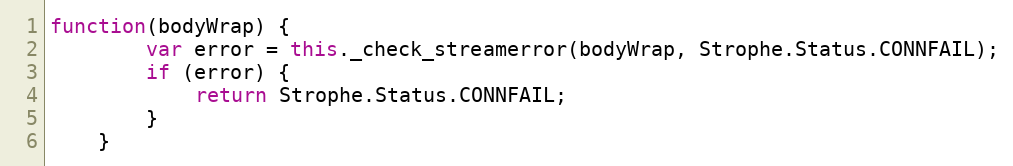
Language: JavaScript
function(bodyWrap) {
        var error = this._check_streamerror(bodyWrap, Strophe.Status.CONNFAIL);
        if (error) {
            return Strophe.Status.CONNFAIL;
        }
    }